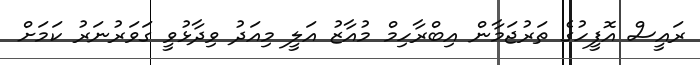
ރައީސް އޮފީހުގެ ތަރުޖަމާން އިބްރާހިމް މުއާޒު އަލީ މިއަދު ވިދާޅުވީ ގަވަރުނަރު ކަމަށް